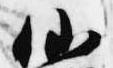
仙